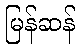
မြန်ဆန်